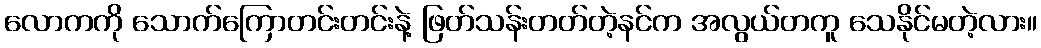
လောကကို သောက်ကြောတင်းတင်းနဲ့ ဖြတ်သန်းတတ်တဲ့နင်က အလွယ်တကူ သေနိုင်မတဲ့လား။